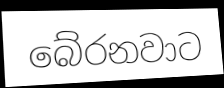
බේරනවාට